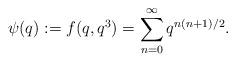
LaTeX: \begin{align*}\psi(q) &:=f(q,q^3)=\sum_{n=0}^{\infty}q^{n(n+1)/2}.\end{align*}